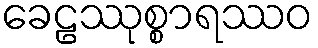
ခေဠဿုစ္စာရဿဝ